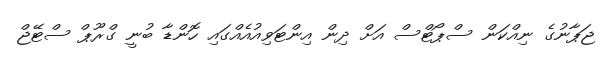
ޖަޕާނުގެ ނިއްކަން ސްޕޯޓްސް އަށް ދިން އިންޓަވިއުއެއްގައި ހޮންޑާ ބުނީ ގްރޫޕް ސްޓޭޖް